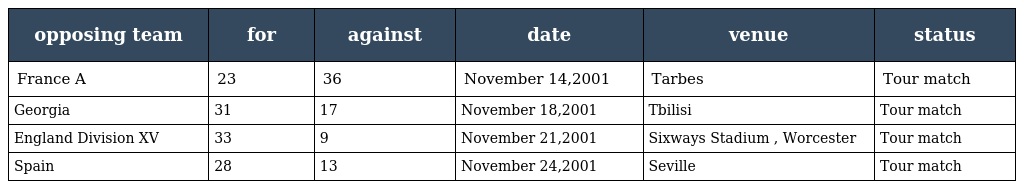
| opposing team | for | against | date | venue | status |
 | --- | --- | --- | --- | --- | --- |
 | France A | 23 | 36 | November 14,2001 | Tarbes | Tour match |
 | Georgia | 31 | 17 | November 18,2001 | Tbilisi | Tour match |
 | England Division XV | 33 | 9 | November 21,2001 | Sixways Stadium , Worcester | Tour match |
 | Spain | 28 | 13 | November 24,2001 | Seville | Tour match |